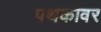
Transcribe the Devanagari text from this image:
पथकावर